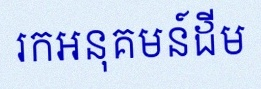
រកអនុគមន៍ដើម